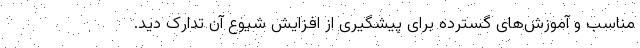
مناسب و آموزش‌های گسترده برای پیشگیری از افزایش شیوع آن تدارک دید.